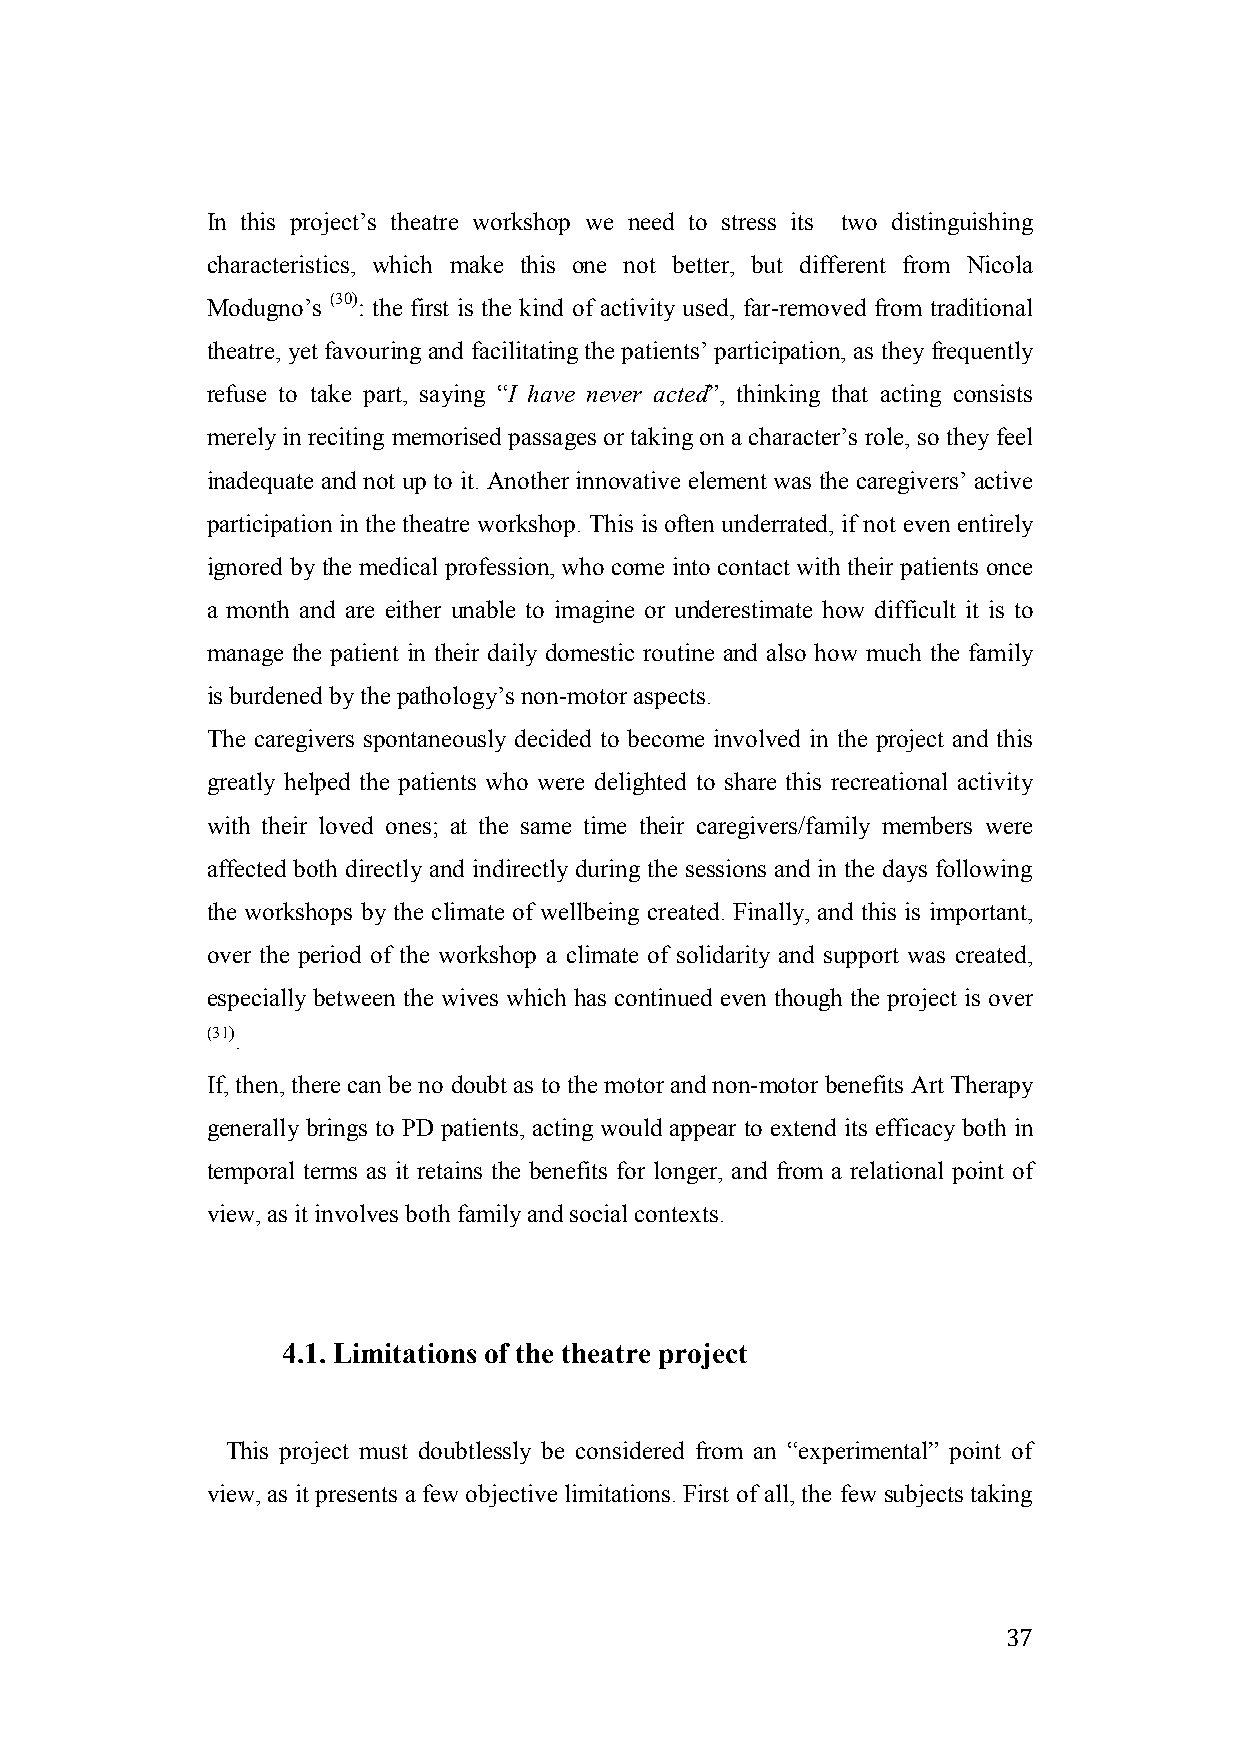
In this project’s theatre workshop we need to stress its two distinguishing
 characteristics, which make this one not better, but different from Nicola
 Modugno’s (30): the first is the kind of activity used, far-removed from traditional
 theatre, yet favouring and facilitating the patients’ participation, as they frequently
 refuse to take part, saying “I have never acted”, thinking that acting consists
 merely in reciting memorised passages or taking on a character’s role, so they feel
 inadequate and not up to it. Another innovative element was the caregivers’ active
 participation in the theatre workshop. This is often underrated, if not even entirely
 ignored by the medical profession, who come into contact with their patients once
 a month and are either unable to imagine or underestimate how difficult it is to
 manage the patient in their daily domestic routine and also how much the family
 is burdened by the pathology’s non-motor aspects.
 The caregivers spontaneously decided to become involved in the project and this
 greatly helped the patients who were delighted to share this recreational activity
 with their loved ones; at the same time their caregivers/family members were
 affected both directly and indirectly during the sessions and in the days following
 the workshops by the climate of wellbeing created. Finally, and this is important,
 over the period of the workshop a climate of solidarity and support was created,
 especially between the wives which has continued even though the project is over
 (31).
 If, then, there can be no doubt as to the motor and non-motor benefits Art Therapy
 generally brings to PD patients, acting would appear to extend its efficacy both in
 temporal terms as it retains the benefits for longer, and from a relational point of
 view, as it involves both family and social contexts.
 4.1. Limitations of the theatre project
 This project must doubtlessly be considered from an “experimental” point of
 view, as it presents a few objective limitations. First of all, the few subjects taking
 37